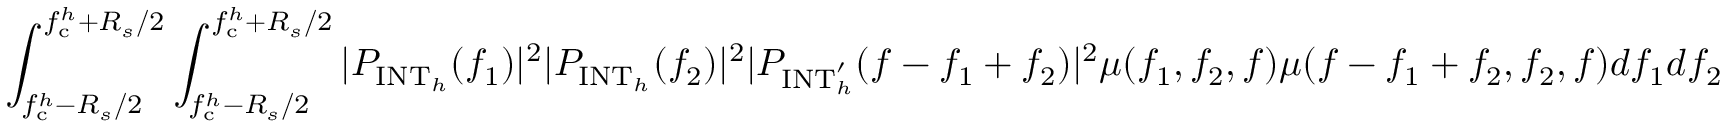
\int _ { f _ { \mathrm { c } } ^ { h } - R _ { s } / 2 } ^ { f _ { \mathrm { c } } ^ { h } + R _ { s } / 2 } \int _ { f _ { \mathrm { c } } ^ { h } - R _ { s } / 2 } ^ { f _ { \mathrm { c } } ^ { h } + R _ { s } / 2 } | P _ { \mathrm { I N T } _ { h } } ( f _ { 1 } ) | ^ { 2 } | P _ { \mathrm { I N T } _ { h } } ( f _ { 2 } ) | ^ { 2 } | P _ { \mathrm { I N T } _ { h } ^ { \prime } } ( f - f _ { 1 } + f _ { 2 } ) | ^ { 2 } \mu ( f _ { 1 } , f _ { 2 } , f ) \mu ( f - f _ { 1 } + f _ { 2 } , f _ { 2 } , f ) d f _ { 1 } d f _ { 2 }